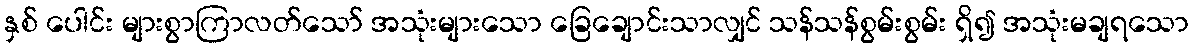
နှစ် ပေါင်း များစွာကြာလတ်သော် အသုံးများသော ခြေချောင်းသာလျှင် သန်သန်စွမ်းစွမ်း ရှိ၍ အသုံးမချရသော